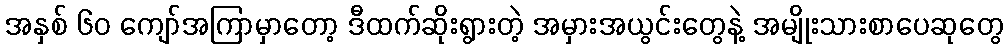
အနှစ် ၆၀ ကျော်အကြာမှာတော့ ဒီထက်ဆိုးရွားတဲ့ အမှားအယွင်းတွေနဲ့ အမျိုးသားစာပေဆုတွေ